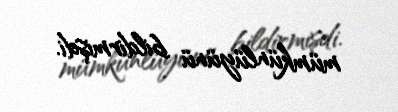
mümkünlüyünü bildirmişdi.